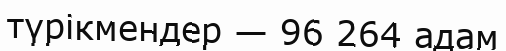
түрікмендер — 96 264 адам